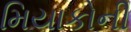
મિયાકોની